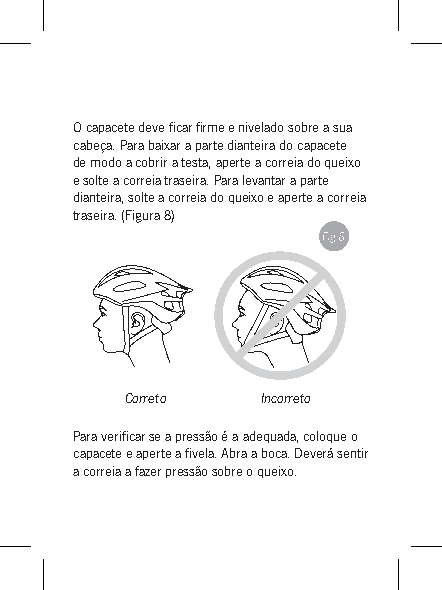
O capacete deve ficar firme e nivelado sobre a sua
 cabeça. Para baixar a parte dianteira do capacete
 de modo a cobrir a testa, aperte a correia do queixo
 e solte a correia traseira. Para levantar a parte
 dianteira, solte a correia do queixo e aperte a correia
 traseira. (Figura 8)
 Correto  Incorreto
 Para verificar se a pressão é a adequada, coloque o
 capacete e aperte a fivela. Abra a boca. Deverá sentir
 a correia a fazer pressão sobre o queixo.